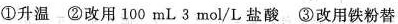
①升温 ②改用100mL3mol/L盐酸 ③改用铁粉替